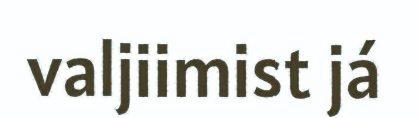
valjiimist já